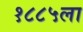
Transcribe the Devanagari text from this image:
१८८५ला